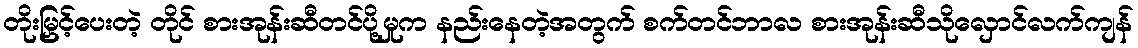
တိုးမြှင့်ပေးတဲ့ တိုင် စားအုန်းဆီတင်ပို့မှုက နည်းနေတဲ့အတွက် စက်တင်ဘာလ စားအုန်းဆီသိုလှောင်လက်ကျန်